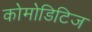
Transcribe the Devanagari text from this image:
कोमोडिटिज